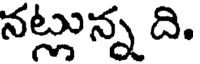
నట్లున్న ది.